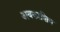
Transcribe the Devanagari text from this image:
अवकाशिय